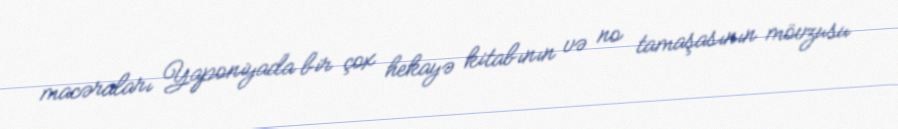
macəraları Yaponiyada bir çox hekayə kitabının və no tamaşasının mövzusu